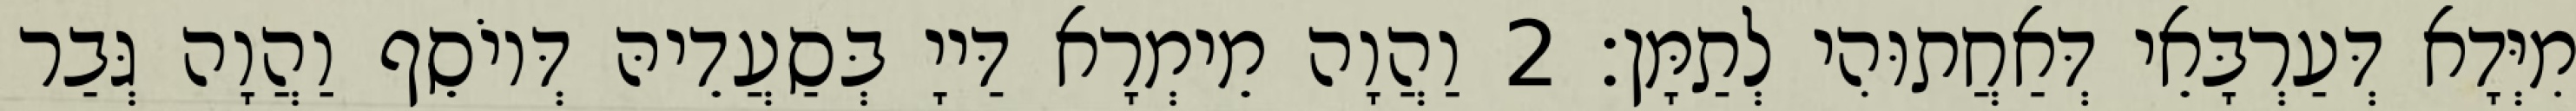
מִיְּדָא דְּעַרְבָּאֵי דְּאַחֲתוּהִי לְתַמָּן׃ 2 וַהֲוָה מֵימְרָא דַּייָ בְּסַעֲדֵיהּ דְּיוֹסֵף וַהֲוָה גְּבַר